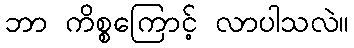
ဘာ ကိစ္စကြောင့် လာပါသလဲ။